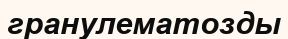
гранулематозды